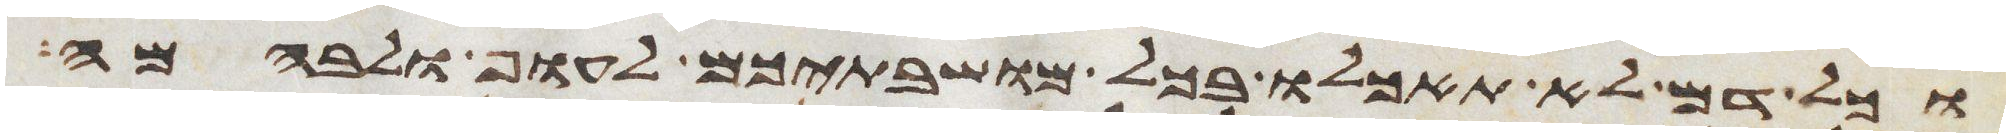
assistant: וכל דם לא תאכלו בכל מושבתיכם לעוף ולבהמה